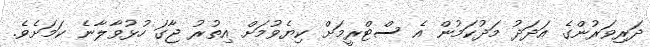
ދަރިވަރުންގެ އަދަދު މަދުކަމުން އެ ސްޓްރީމަށް ކިޔެވުމަށް އިތުރު ޖާގަ ހުޅުވާލާނެ ކަމަށެވެ.